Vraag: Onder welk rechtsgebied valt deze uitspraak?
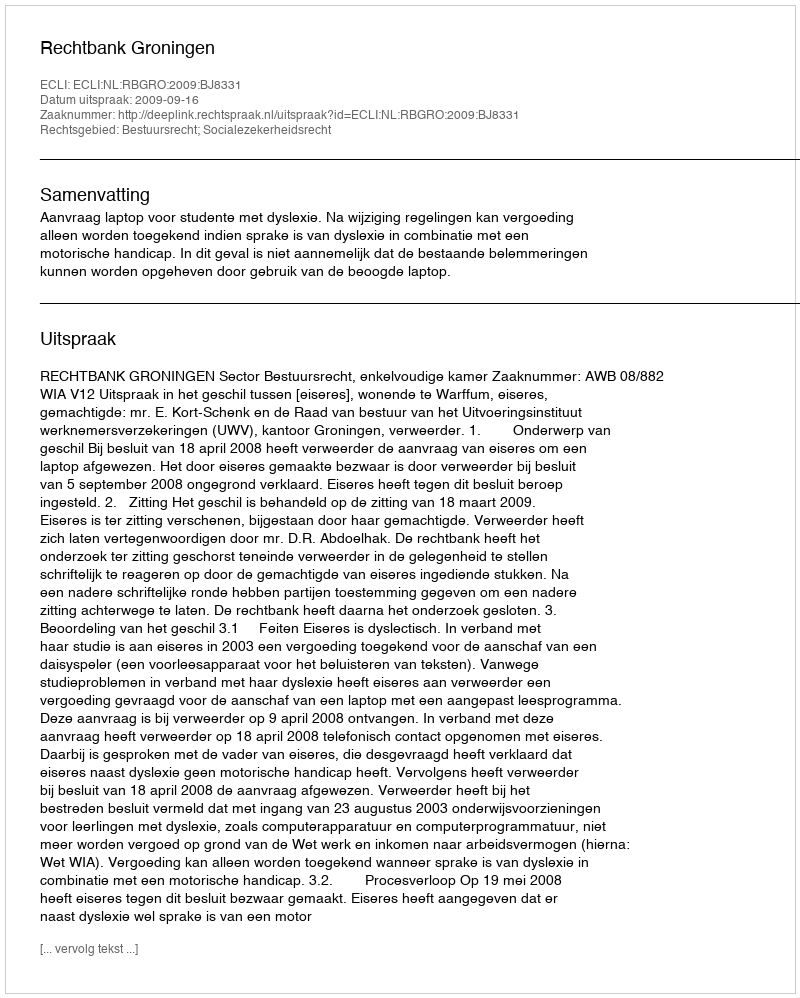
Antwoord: Bestuursrecht; Socialezekerheidsrecht